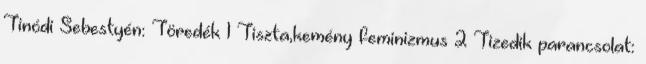
Tinódi Sebestyén: Töredék 1 Tiszta,kemény feminizmus 2 Tizedik parancsolat: